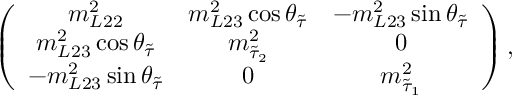
\left( \begin{array} { c c c } { { m _ { L 2 2 } ^ { 2 } } } & { { m _ { L 2 3 } ^ { 2 } \cos \theta _ { \tilde { \tau } } } } & { { - m _ { L 2 3 } ^ { 2 } \sin \theta _ { \tilde { \tau } } } } \\ { { m _ { L 2 3 } ^ { 2 } \cos \theta _ { \tilde { \tau } } } } & { { m _ { \tilde { \tau } _ { 2 } } ^ { 2 } } } & { { 0 } } \\ { { - m _ { L 2 3 } ^ { 2 } \sin \theta _ { \tilde { \tau } } } } & { { 0 } } & { { m _ { \tilde { \tau } _ { 1 } } ^ { 2 } } } \end{array} \right) ,